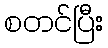
စတင်ပြီး